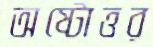
অষ্টোত্তর